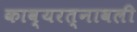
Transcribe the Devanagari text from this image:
काव्यरत्‍नावली